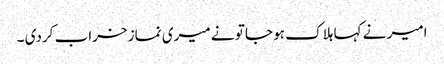
امیر نے کہا ہلاک ہو جا تو نے میری نماز خراب کردی ۔